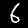
Digit: 6